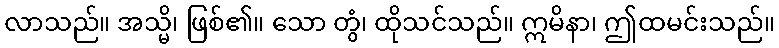
လာသည်။ အသ္မိ၊ ဖြစ်၏။ သော တွံ၊ ထိုသင်သည်။ ဣမိနာ၊ ဤထမင်းသည်။